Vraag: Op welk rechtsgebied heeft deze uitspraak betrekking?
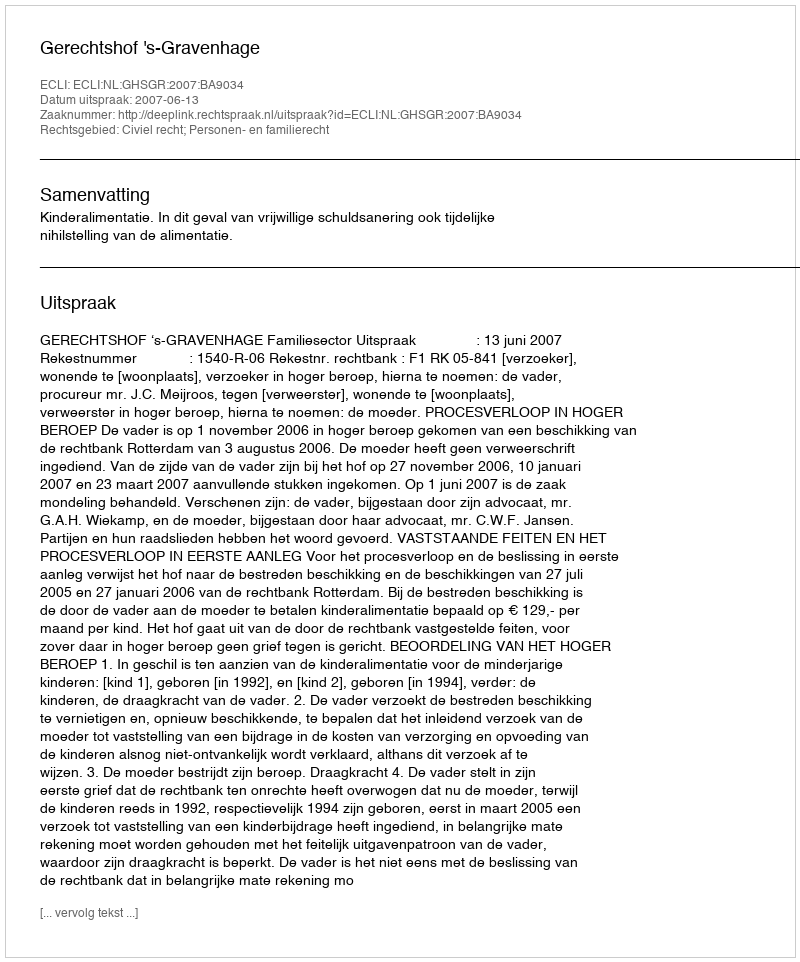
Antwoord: Civiel recht; Personen- en familierecht